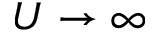
U \rightarrow \infty